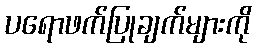
ပရောဖက်ပြုချက်များကို